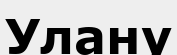
Улану